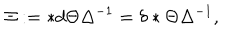
\Xi : = * d \Theta \Delta ^ { - 1 } = \delta * \Theta \Delta ^ { - 1 } ,